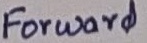
Text: Forward